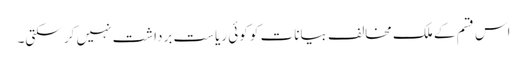
اس قسم کے ملک مخالف بیانات کو کوئی ریاست برداشت نہیں کر سکتی۔